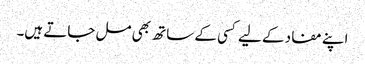
اپنے مفاد کے لیے کسی کے ساتھ بھی مل جاتے ہیں۔